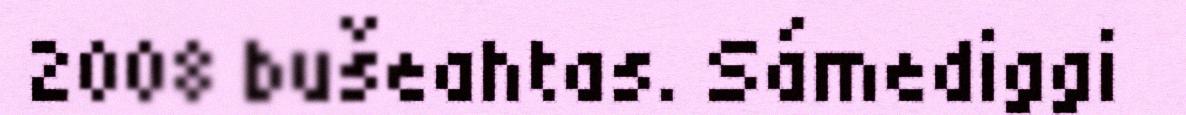
2008 bušeahtas. Sámediggi